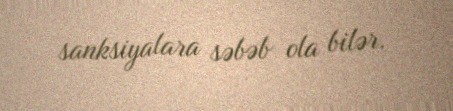
sanksiyalara səbəb ola bilər.